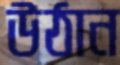
উঠান